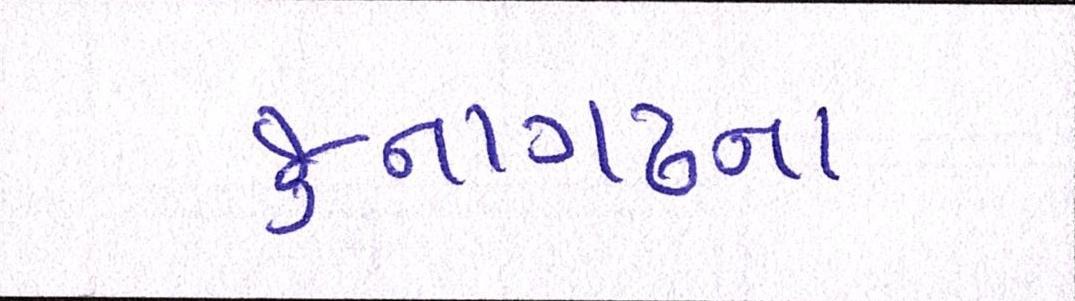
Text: જુનાગઢના